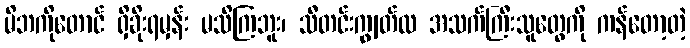
မိဘကိုတောင် ရှိခိုးရမှန်း မသိကြဘူး၊ သီတင်းကျွတ်လ အသက်ကြီးသူတွေကို ကန်တော့တဲ့